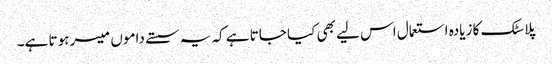
پلاسٹک کا زیادہ استعمال اس لیے بھی کیا جاتا ہے کہ یہ سستے داموں میسر ہوتا ہے۔